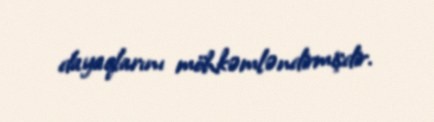
dayaqlarını möhkəmləndirmişdir.